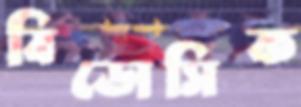
বিডোসিক